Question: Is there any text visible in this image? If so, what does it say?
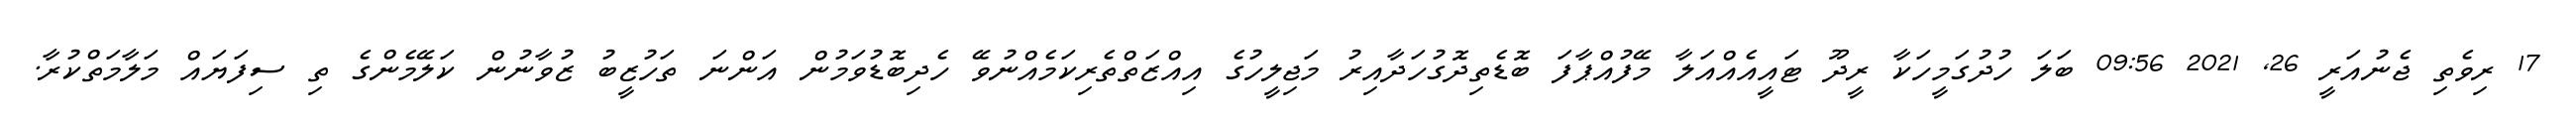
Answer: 17 ރިވެތި ޖެނުއަރީ 26, 2021 09:56 ބަލަ ހުދުގަމީހަކާ ރީދޫ ޓައީއެއްއަލާ މޭފުއްޕާފަ ބޮޑެތިދޮގުހަދާއިރު މަޖިލީހުގެ އިއްޒަތްތެރިކަމެއްނުވޭ ހެދިބޮޑުވަމުން އަންނަ ތަހުޒީބު ޒުވާނުން ކަލޭމެންގެ ތި ސިފަޔައް މަލާމަތްކުރާ.